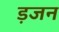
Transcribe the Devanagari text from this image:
ड़जन